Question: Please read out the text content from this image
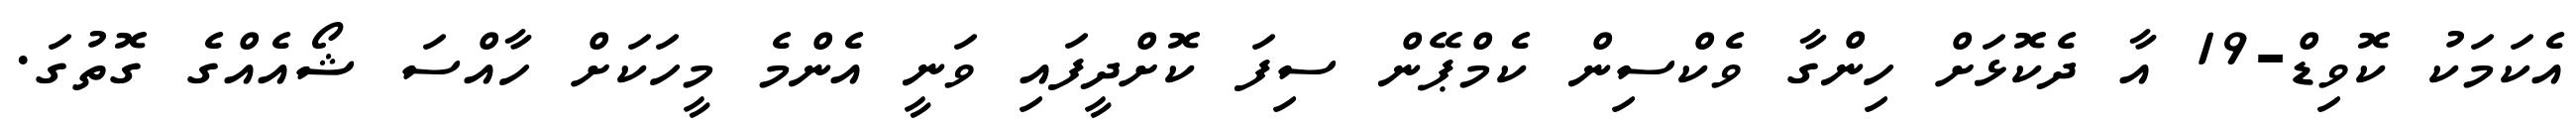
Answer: އެކަމަކު ކޮވިޑް-19 އާ ދެކޮޅަށް ހިންގާ ވެކްސިން ކެމްޕޭން ސިފަ ކޮށްދީފައި ވަނީ އެންމެ މީހަކަށް ހާއްސަ ޝޯއެއްގެ ގޮތުގަ.